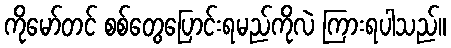
ကိုမော်တင် စစ်တွေပြောင်းရမည်ကိုလဲ ကြားရပါသည်။